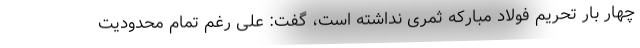
چهار بار تحریم فولاد مبارکه ثمری نداشته است، گفت: علی رغم تمام محدودیت